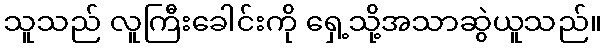
သူသည် လူကြီးခေါင်းကို ရှေ့သို့အသာဆွဲယူသည်။